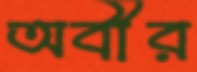
অবীর